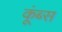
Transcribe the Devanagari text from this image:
कूंब्स